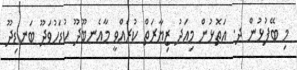
މި ބޭފުޅުން ދ. އަތޮޅުން މިއަދު ޒިޔާރަތް ކުރެއްވީ މާއެނބޫދޫ ކުޑަހުވަދޫ ބަނޑިދޫ